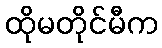
ထိုမတိုင်မီက